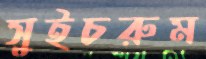
সুইচরুম